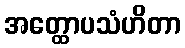
အတ္ထောပသံဟိတာ